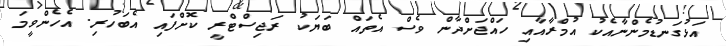
އަޅުގަނޑުމެންނާއެކު އުމްރާއާއި ހައްޖަށްދާން ވެސް އެތައް ބަޔަކު ރަޖިސްޓްރީ ކޮށްފައި އެބަހުރި. އެހެންވީމަ